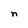
Character: n